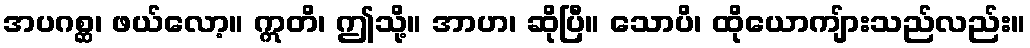
အပဂစ္ဆ၊ ဖယ်လော့။ ဣတိ၊ ဤသို့။ အာဟ၊ ဆိုပြီ။ သောပိ၊ ထိုယောကျ်ားသည်လည်း။